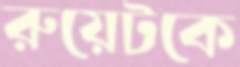
রুয়েটকে